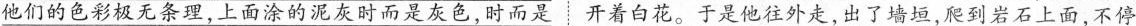
他们的色彩极无条理，上面涂的泥灰时而是灰色，时而是开着白花。于是他往外走，出了墙垣，爬到岩石上面，不停